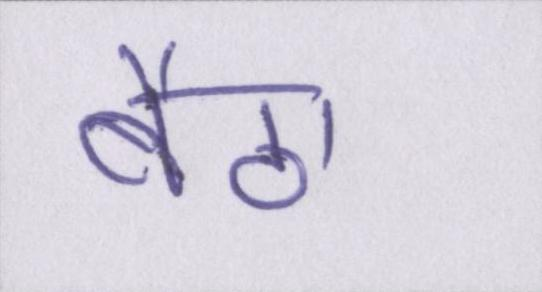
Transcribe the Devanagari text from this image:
बैठा